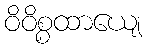
ဝိဝိစ္စထာယျေ